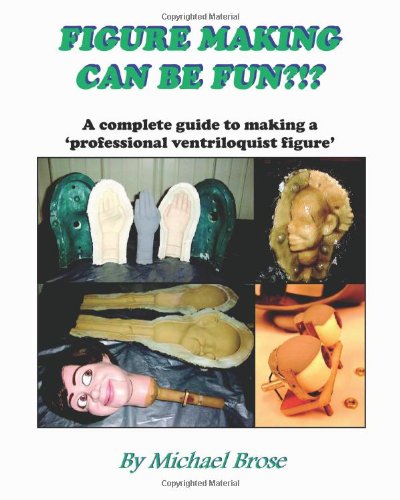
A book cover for Figure Making Can Be Fun?!?: A complete guide to making a professional ventriloquist figure.; Michael Brose; Crafts, Hobbies & Home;